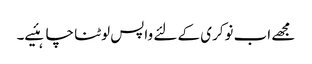
مجھے اب نوکری کے لئے واپس لوٹنا چاہئیے۔